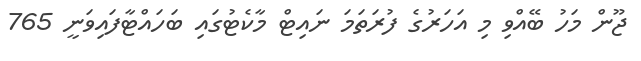
ޖޫން މަހު ބޭއްވި މި އަހަރުގެ ފުރަތަމަ ނައިޓް މާކެޓުގައި ބަހައްޓާފައިވަނީ 765